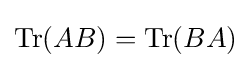
\operatorname {Tr} (AB)=\operatorname {Tr} (BA)